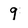
Character: 9